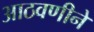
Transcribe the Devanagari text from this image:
आठवणीने